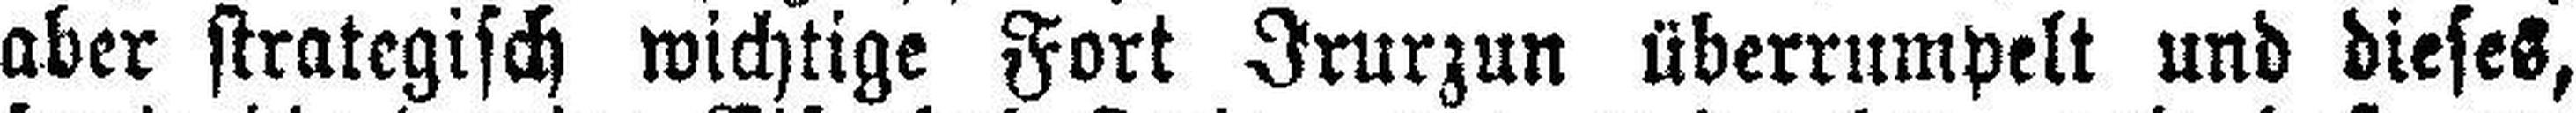
aber strategisch wichtige Fort Irurzun überrumpelt und dieses,